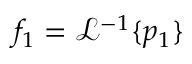
f _ { 1 } = \mathcal { L } ^ { - 1 } \{ p _ { 1 } \}